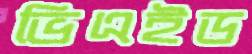
ভিএইড